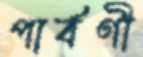
পার্বণী